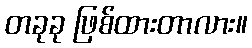
တခုခု ဖြစ်ထားတာလား။